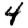
Digit: 4